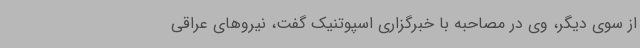
از سوی دیگر، وی در مصاحبه با خبرگزاری اسپوتنیک گفت، نیروهای عراقی